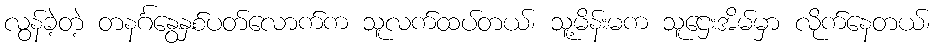
လွန်ခဲ့တဲ့ တနင်္ဂနွေနှစ်ပတ်လောက်က သူလက်ထပ်တယ်၊ သူ့မိန်းမက သူဌေးအိမ်မှာ လိုက်နေတယ်၊